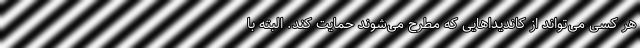
هر کسی می‌تواند از کاندیداهایی که مطرح می‌شوند حمایت کند. البته با